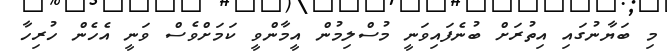
މި ބަޔާނުގައި އިތުރަށް ބުނެފައިވަނީ މުސްލިމުން އީމާންވީ ކަމަށްވެސް ވަނީ އެހެން ހުރިހާ